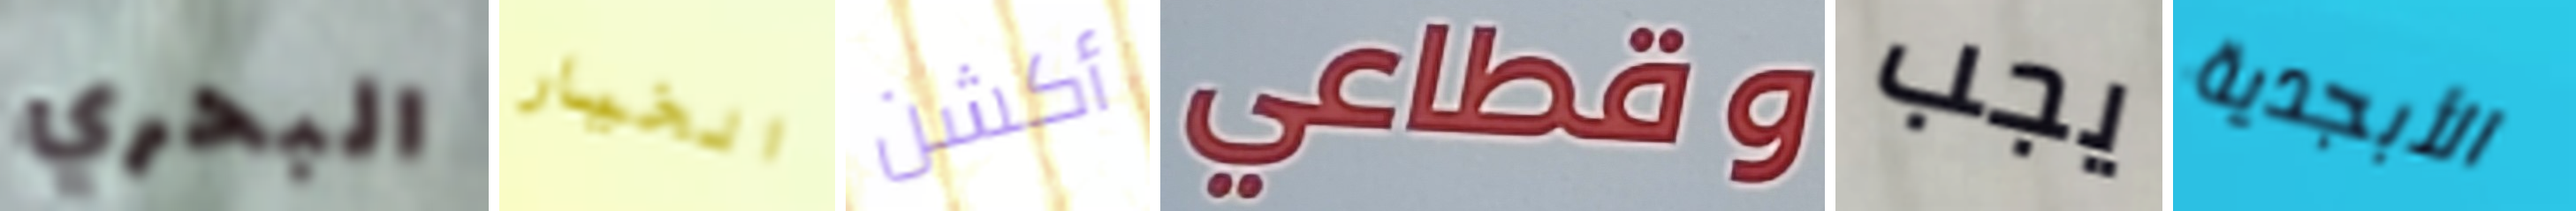
البحري الخيار أكشن وقطاعي يجب الأبجدية